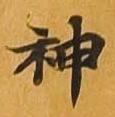
神